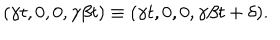
( \gamma t , 0 , 0 , \gamma \beta t ) \equiv ( \gamma t , 0 , 0 , \gamma \beta t + \delta ) .